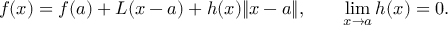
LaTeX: f ( { \boldsymbol { x } } ) = f ( { \boldsymbol { a } } ) + L ( { \boldsymbol { x } } - { \boldsymbol { a } } ) + h ( { \boldsymbol { x } } ) \lVert { \boldsymbol { x } } - { \boldsymbol { a } } \rVert , \qquad \operatorname* { l i m } _ { { \boldsymbol { x } } \to { \boldsymbol { a } } } h ( { \boldsymbol { x } } ) = 0 .